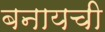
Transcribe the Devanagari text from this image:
बनायची